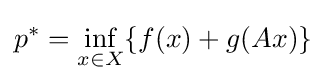
p^{*}=\inf _{x\in X}\{f(x)+g(Ax)\}